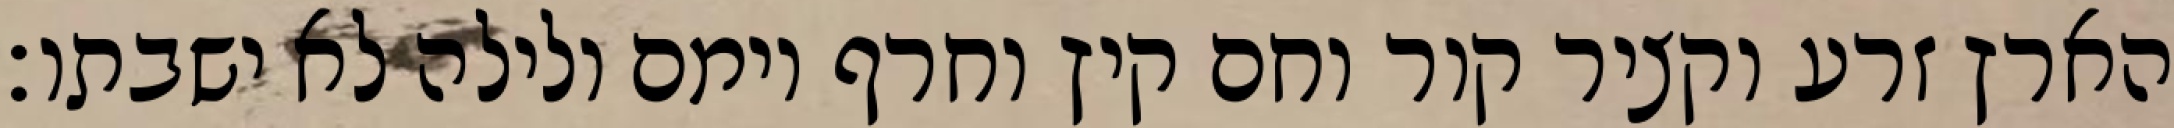
הארץ זרע וקציר קור וחם קיץ וחרף יומם ולילה לא ישבתו׃